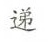
递